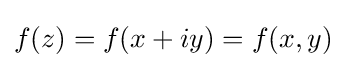
{\textstyle f(z)=f(x+iy)=f(x,y)}